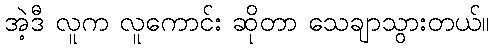
အဲ့ဒီ လူက လူကောင်း ဆိုတာ သေချာသွားတယ်။